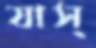
যাস্